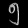
Digit: ၅